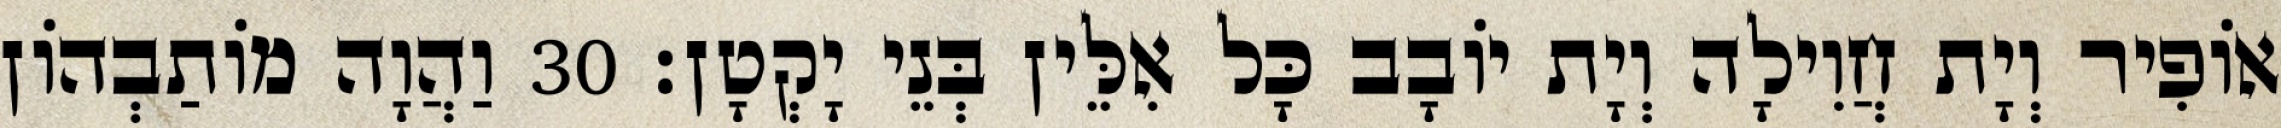
אוֹפִיר וְיָת חֲוִילָה וְיָת יוֹבָב כָּל אִלֵּין בְּנֵי יָקְטָן׃ 30 וַהֲוָה מוֹתַבְהוֹן